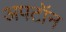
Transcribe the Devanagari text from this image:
अपटॉन